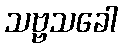
သဗ္ဗသခေါ